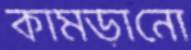
কামড়ানো